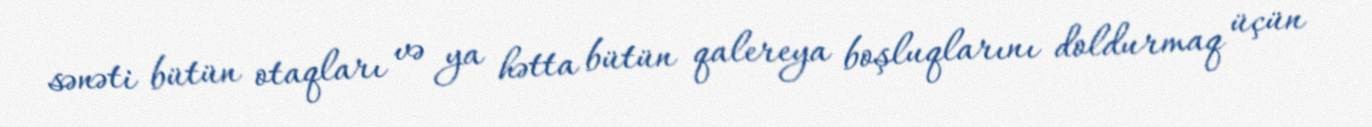
sənəti bütün otaqları və ya hətta bütün qalereya boşluqlarını doldurmaq üçün